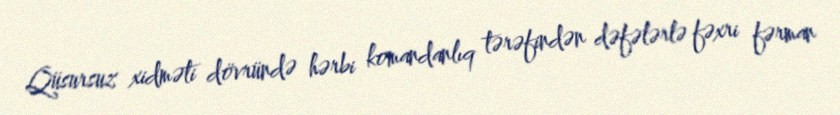
Qüsursuz xidməti dövründə hərbi komandanlıq tərəfindən dəfələrlə fəxri fərman